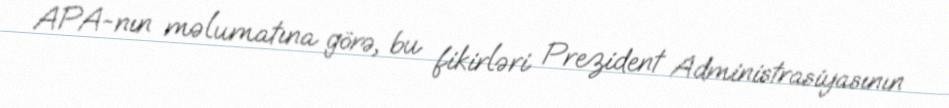
APA-nın məlumatına görə, bu fikirləri Prezident Administrasiyasının